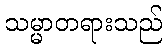
သမ္မာတရားသည်